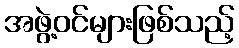
အဖွဲ့ဝင်များဖြစ်သည့်